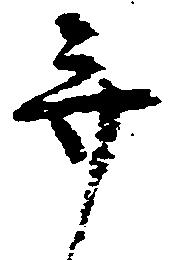
弁